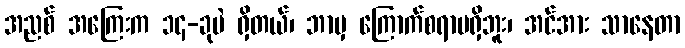
အညစ် အကြေးက ၁၄-ခုပဲ ရှိတယ်၊ ဘာမှ ကြောက်စရာမရှိဘူး၊ အင်အား သာနေတာ